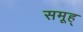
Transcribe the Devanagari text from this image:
समूह्